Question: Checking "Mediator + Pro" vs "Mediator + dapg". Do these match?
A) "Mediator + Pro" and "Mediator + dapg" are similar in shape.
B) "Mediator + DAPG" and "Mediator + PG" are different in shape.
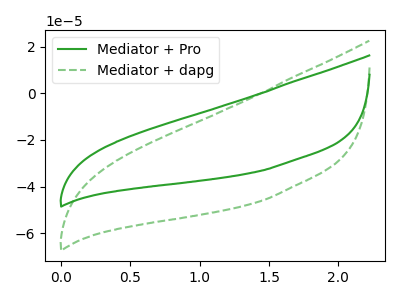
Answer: <think>The green curve "Mediator + Pro" has no peaks. The green dashed curve "Mediator + dapg" has no peaks.
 Neither "Mediator + Pro" or "Mediator + dapg" have any peaks.</think>
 <answer>A) "Mediator + Pro" and "Mediator + dapg" are similar in shape.</answer>
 <eval>A</eval>